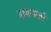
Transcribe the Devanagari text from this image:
शककर्ता